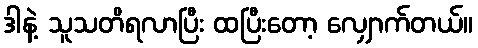
ဒါနဲ့ သူသတိရလာပြီး ထပြီးတော့ လျှောက်တယ်။